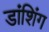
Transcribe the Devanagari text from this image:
डांशिंग